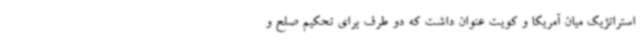
استراتژیک میان آمریکا و کویت عنوان داشت که دو طرف برای تحکیم صلح و